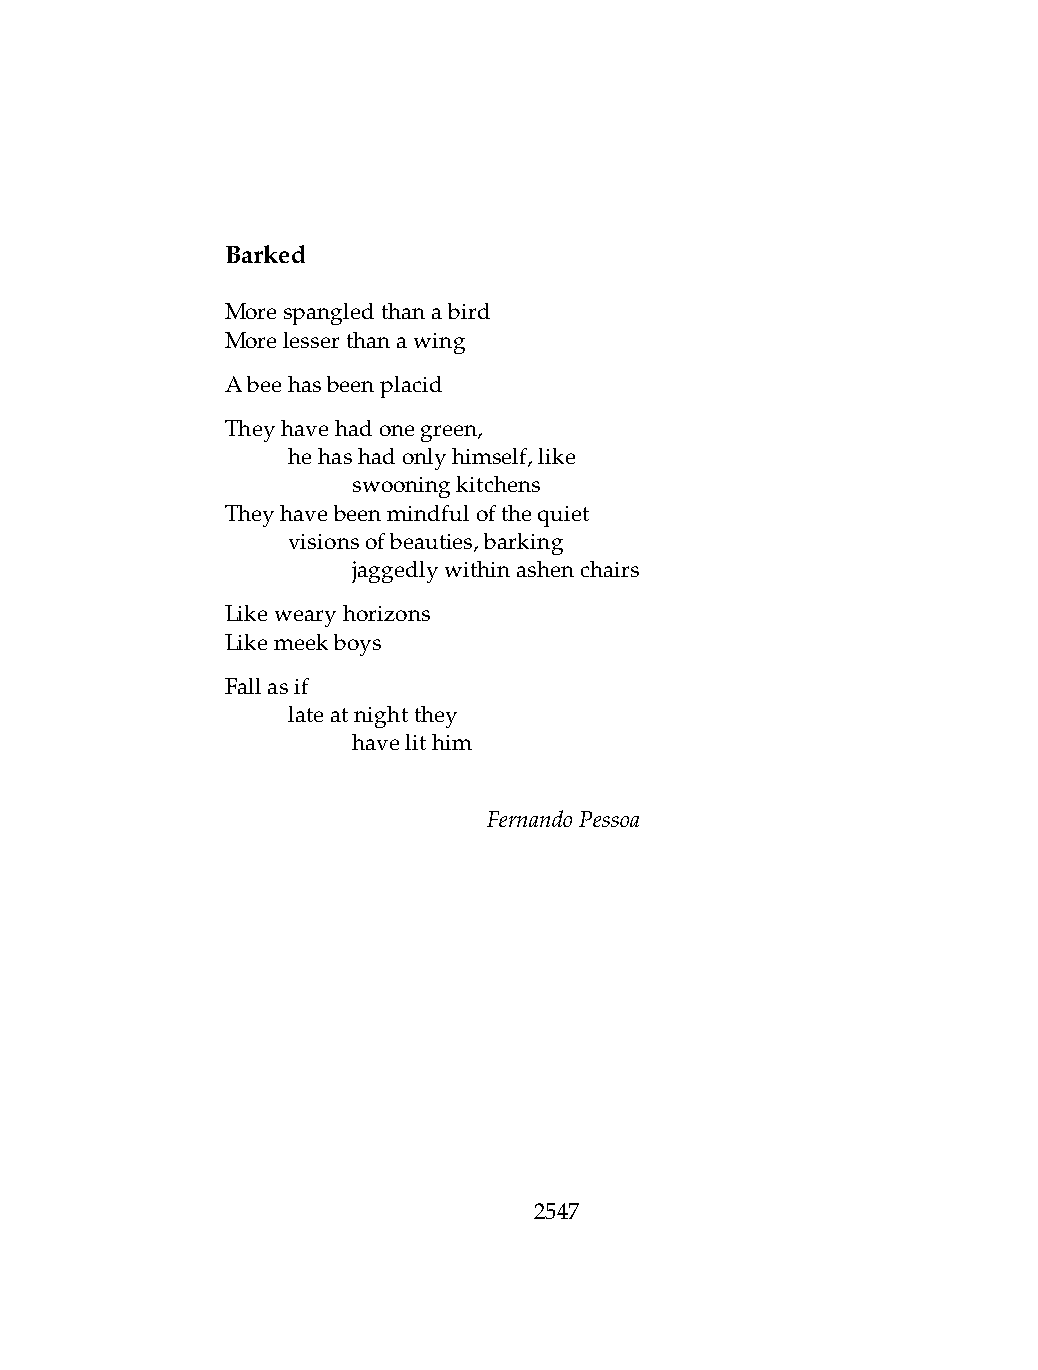
Barked
 Morespangledthanabird
 Morelesserthanawing
 Abeehasbeenplacid
 Theyhavehadonegreen,
 .   hehashadonlyhimself,like
 .   .   swooningkitchens
 Theyhavebeenmindfulofthequiet
 .   visionsofbeauties,barking
 .   .   jaggedlywithinashenchairs
 Likewearyhorizons
 Likemeekboys
 Fallasif
 .   lateatnightthey
 .   .   havelithim
 FernandoPessoa
 2547